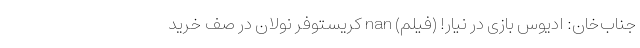
جناب‌خان: ادیوس بازی در نیار! (فیلم) nan کریستوفر نولان در صف خرید